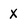
Character: X